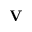
\mathbf { V }